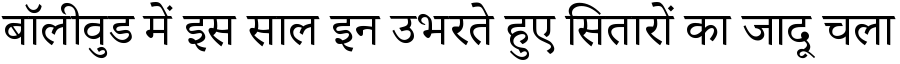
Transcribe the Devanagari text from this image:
बॉलीवुड में इस साल इन उभरते हुए सितारों का जादू चला